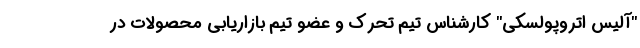
"آلیس اتروپولسکی" کارشناس تیم تحرک و عضو تیم بازاریابی محصولات در